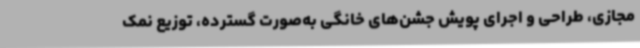
مجازی، طراحی و اجرای پویش جشن‌های خانگی به‌صورت گسترده، توزیع نمک